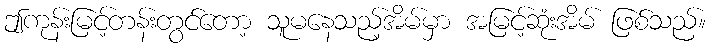
ဤကုန်းမြင့်တန်းတွင်တော့ သူမနေသည့်အိမ်မှာ အမြင့်ဆုံးအိမ် ဖြစ်သည်။